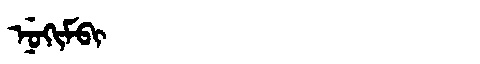
Manchu: ᠨᡠᡴᡳᠮᠪᡳ
Romanization: NUKIMBI